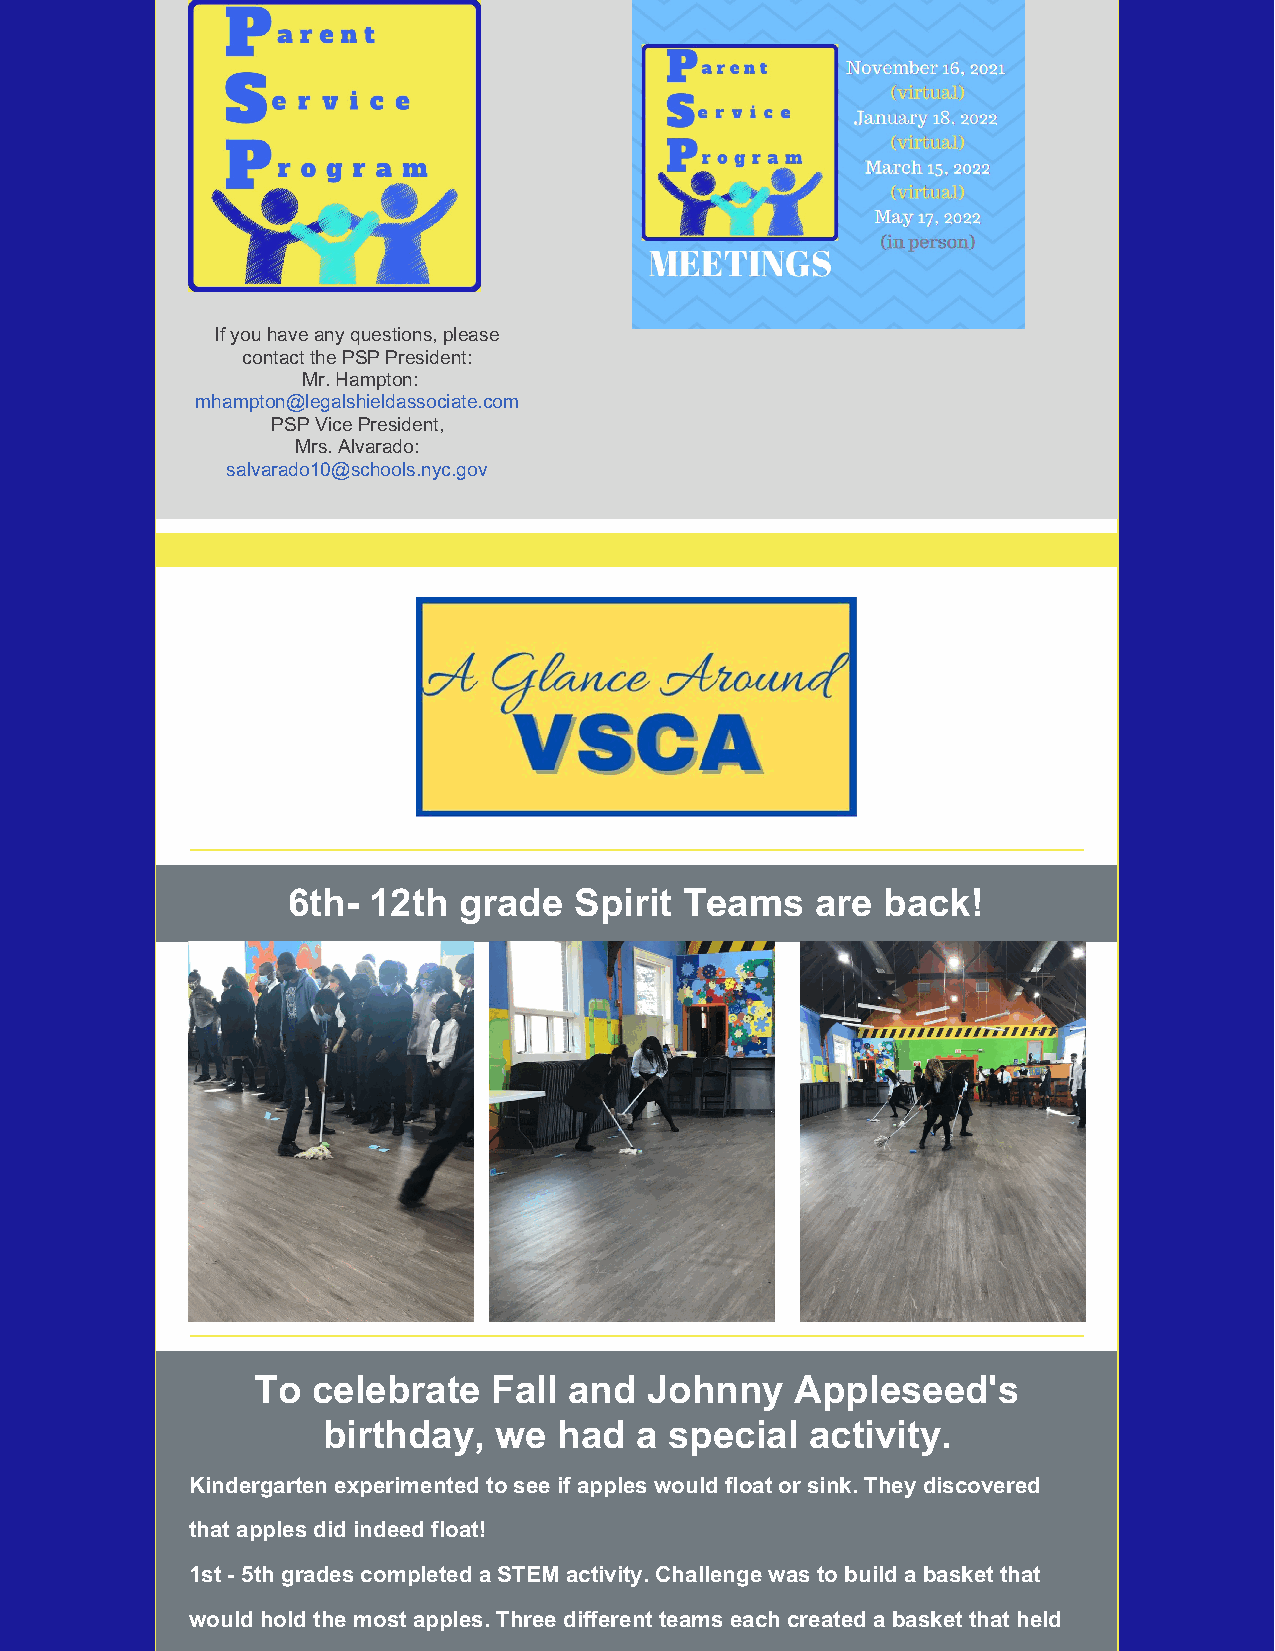
If you have any questions, please
 contact the PSP President:
 ​ Mr. Hampton:
 mhampton@legalshieldassociate.com
 PSP Vice President,
 Mrs. Alvarado:
 salvarado10@schools.nyc.gov
 6th- 12th  grade   Spirit Teams    are back!
 To  celebrate   Fall and  Johnny    Appleseed's
 birthday,   we  had  a special   activity.
 Kindergarten experimented to see if apples would float or sink. They discovered
 that apples did indeed float!
 1st - 5th grades completed a STEM activity. Challenge was to build a basket that
 would hold the most apples. Three different teams each created a basket that held